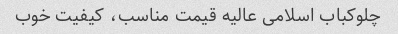
چلوکباب اسلامی عالیه قیمت مناسب، کیفیت خوب